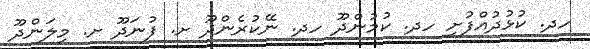
ހދ. ކުޅުދުއްފުށި ހދ. ކުމުންދޫ ހދ. ނޭކުރެންދޫ ށ. ފުނަދޫ ށ. މިލަންދޫ